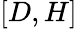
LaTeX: [D,H]